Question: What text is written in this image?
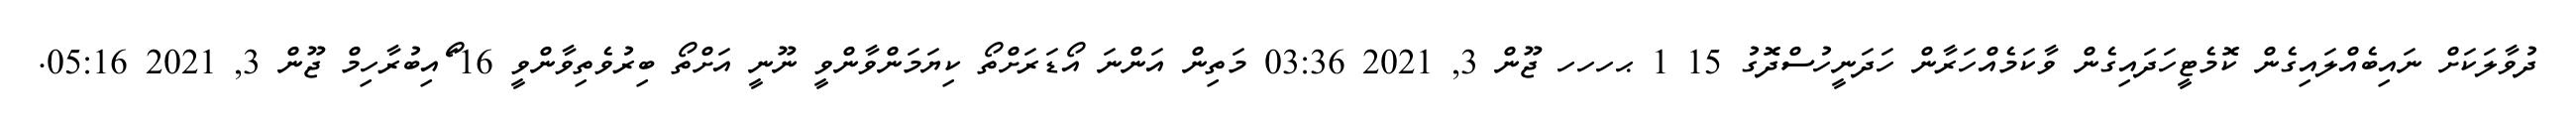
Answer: ދުވާލަކަށް ނައިބެއްލައިގެން ކޮމެޓީހަދައިގެން ވާކަމެއްހަރާން ހަދަނީހުސްދޮގު 15 1 ޙހހހ ޖޫން 3, 2021 03:36 މަތިން އަންނަ އޯޑަރަށްތޯ ކިޔަމަންވާންވީ ނޫނީ އަށްތޯ ބިރުވެތިވާންވީ 16 ޯައިބުރާހިމް ޖޫން 3, 2021 05:16.